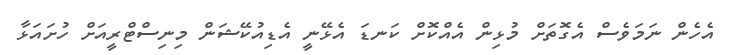
އެހެން ނަމަވެސް އެގޮތަށް މުޅިން އެއްކޮށް ކަނޑަ އެޅޭނީ އެޑިއުކޭޝަން މިނިސްޓްރީއަށް ހުށައަޅާ